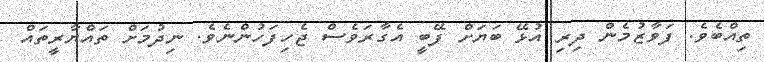
ތިއްބެވެ. ފަވާޒުމެން ދިރި އުޅޭ ބަޔަށް ފޭބީ އެގާރަވެސް ޖެހިފަހުންނެވެ. ނިދުމަށް ތައްޔާރީތައް